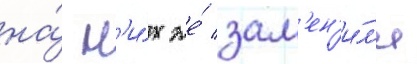
на́ н'и́х же́ зам'ен'и́л'и